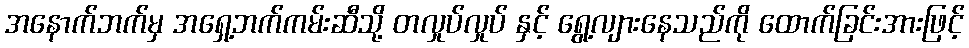
အနောက်ဘက်မှ အရှေ့ဘက်ကမ်းဆီသို့ တလှုပ်လှုပ် နှင့် ရွေ့လျားနေသည်ကို ထောက်ခြင်းအားဖြင့်